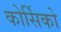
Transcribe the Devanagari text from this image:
कोर्सिको